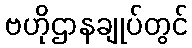
ဗဟိုဌာနချုပ်တွင်